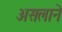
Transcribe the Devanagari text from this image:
असलाने